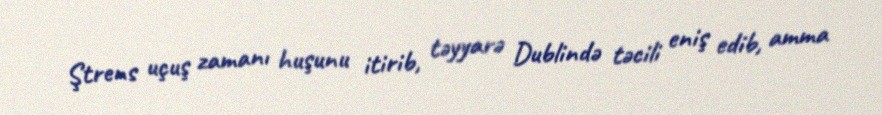
Ştrens uçuş zamanı huşunu itirib, təyyarə Dublində təcili eniş edib, amma